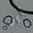
أين